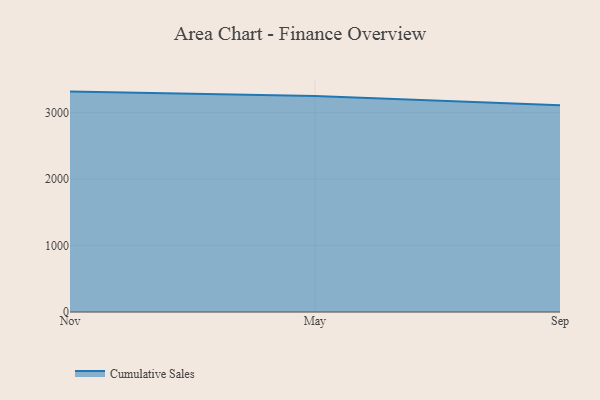
{"axis": {"x": "Month", "y": "Energy Usage (MWh)"}, "legend": ["Cumulative Sales"], "data": [{"x": "Nov", "y": 3316.5, "type": "Cumulative Sales"}, {"x": "May", "y": 3249.9, "type": "Cumulative Sales"}, {"x": "Sep", "y": 3111.2, "type": "Cumulative Sales"}]}